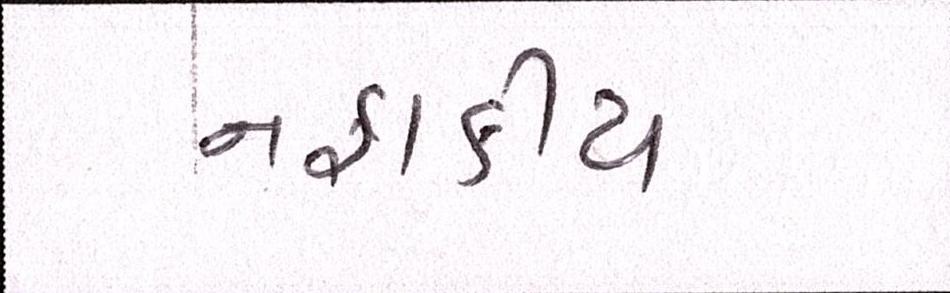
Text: નફાકીય